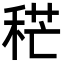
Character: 䅒